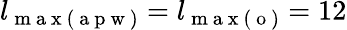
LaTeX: l_{\mathrm{~m~a~x~}(\mathrm{~a~p~w~})}=l_{\mathrm{~m~a~x~}(\mathrm{~o~})}=12